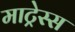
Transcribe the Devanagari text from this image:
माट्रेस्स